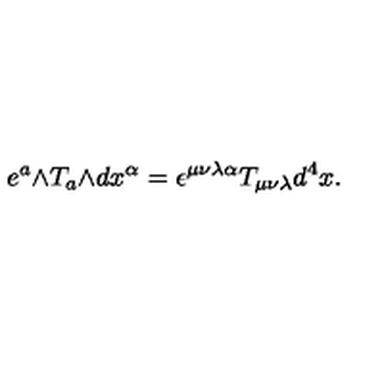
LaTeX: e ^ { a } \mathrm { \tiny \wedge } T _ { a } \mathrm { \tiny \wedge } d x ^ { \alpha } = \epsilon ^ { \mu \nu \lambda \alpha } T _ { \mu \nu \lambda } d ^ { 4 } x .